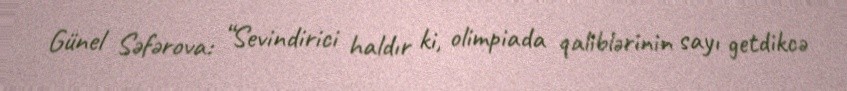
Günel Səfərova: “Sevindirici haldır ki, olimpiada qaliblərinin sayı getdikcə